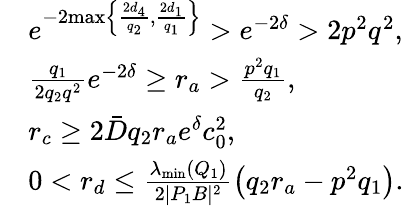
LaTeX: \begin{array}{rl}&{{e^{-2{\operatorname*{max}\left\{ \frac{2d_{4}}{q_{2}},\frac{2d_{1}}{q_{1}}\right\} }}}>{e^{-2{\delta}}}>2{p^{2}q^{2}},}\\ &{\frac{q_{1}}{2q_{2}q^{2}}{e^{-2{\delta}}}\ge{r_{a}}>\frac{p^{2}q_{1}}{q_{2}},}\\ &{{{r_{c}}}\ge 2\bar{D}q_{2}{r_{a}}{e^{{\delta}}}c_{0}^{2},}\\ &{0<r_{d}\le\frac{{\lambda_{\mathrm{min}}(Q_{1})}}{2|P_{1}B|^{2}}\left(q_{2}{r_{a}}-{p^{2}q_{1}}\right).}\end{array}